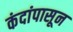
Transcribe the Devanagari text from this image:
कंदांपासून